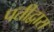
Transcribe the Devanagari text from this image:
पतीद्वारा